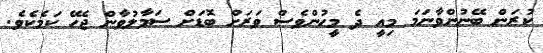
ކުރަން ބޭނުންވާނަމަ މިއީ ދެ މީހުންވެސް ވަރަށް ބޮޑަށް ސަމާލުވާން ޖެހޭ ކަމެކެވެ.